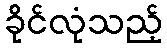
ခိုင်လုံသည့်